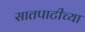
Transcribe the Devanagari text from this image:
सातपाटीच्या